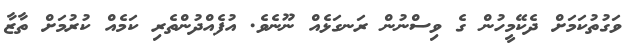
ވަގުތުކަމަށް ދެކޭމީހުން ގެ ވިސްނުން ރަނގަޅެއް ނޫނެވެ. އުފެއްދުންތެރި ކަމެއް ކުރުމަށް ތާޒާ